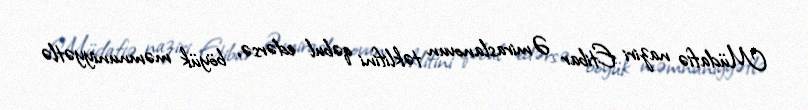
Müdafiə naziri Etibar Əmiraslanovun təklifini qəbul edərsə, böyük məmnuniyyətlə